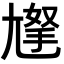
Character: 𡰀